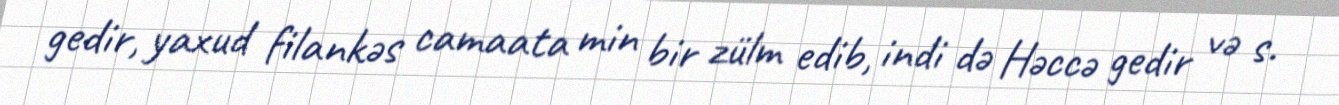
gedir, yaxud filankəs camaata min bir zülm edib, indi də Həccə gedir və s.